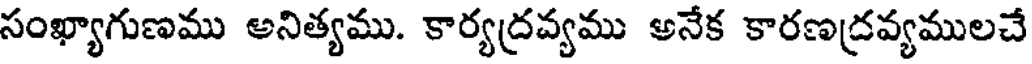
సంఖ్యాగుణము అనిత్యము. కార్యద్రవ్యము అనేక కారణద్రవ్యములచే